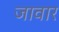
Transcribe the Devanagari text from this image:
जावार